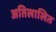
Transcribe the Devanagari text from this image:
अतिलालित